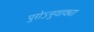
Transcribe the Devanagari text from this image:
पुरोऽनुवाक्या